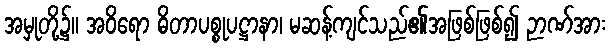
အမှုတို့၌။ အဝိရော ဓိတာပစ္စုပဋ္ဌာနာ၊ မဆန့်ကျင်သည်၏အဖြစ်ဖြစ်၍ ဉာဏ်အား